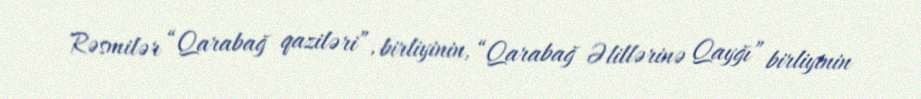
Rəsmilər “Qarabağ qaziləri”, birliyinin, “Qarabağ Əlillərinə Qayğı” birliyinin